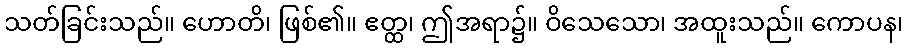
သတ်ခြင်းသည်။ ဟောတိ၊ ဖြစ်၏။ ဧတ္ထ၊ ဤအရာ၌။ ဝိသေသော၊ အထူးသည်။ ကောပန၊